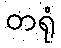
တရုံ